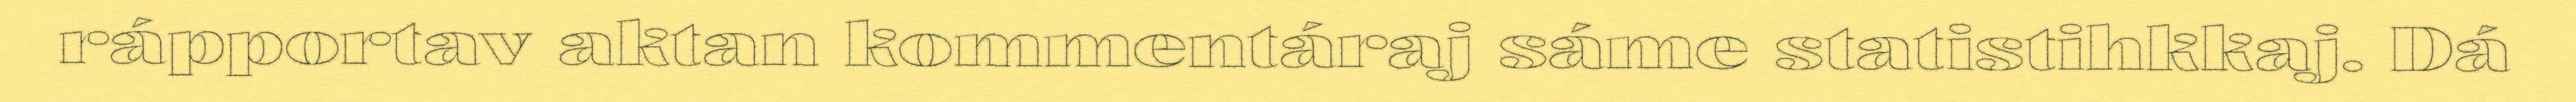
rápportav aktan kommentáraj sáme statistihkkaj. Dá